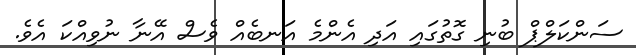
ސަންކަލްޕް ބުނި ގޮތުގައި އަދި އެންމެ އަނބެއް ވެސް އޭނާ ނުވިއްކަ އެވެ.